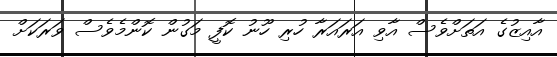
އާއިޒުގެ އަތަށްވެސް އާވި އަރައަރާ ހުރި ހޫނު ކޮފީ މަގުން ކޮންމެވެސް ވަރަކަށް